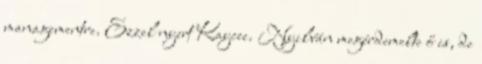
managementre. Ezzel nyert Kaycee. Nyilván megérdemelte ő is, de